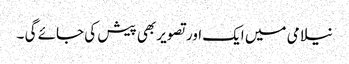
نیلامی میں ایک اور تصویر بھی پیش کی جائے گی ۔